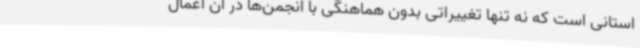
استانی است که نه تنها تغییراتی بدون هماهنگی با انجمن‌ها در آن اعمال